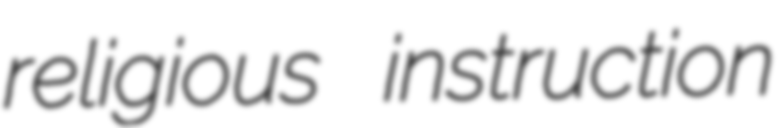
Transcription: religious instruction